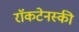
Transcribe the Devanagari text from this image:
राॅकटेनस्की